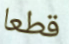
قطعا